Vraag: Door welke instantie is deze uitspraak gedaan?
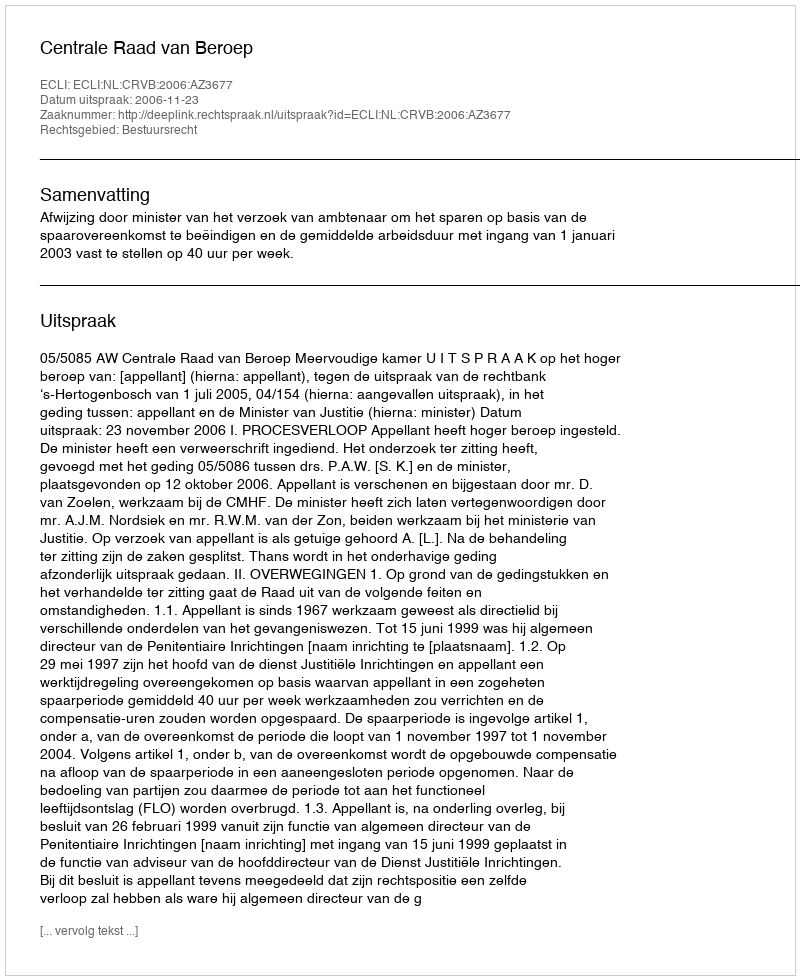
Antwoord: Centrale Raad van Beroep